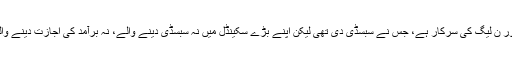
مزیدار بات یہ ہے کہ سندھ کی پرانی رپورٹ میں تو قصوروار سندھ حکومت اور ن لیگ کی سرکار ہے، جس نے سبسڈی دی تھی لیکن اپنے بڑے سکینڈل میں نہ سبسڈی دینے والے، نہ برآمد کی اجازت دینے والے اور نہ قیمت میں ہوشربا اضافے کی اجازت دینے والے کا کوئی قصور ہے۔